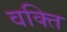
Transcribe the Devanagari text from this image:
वक्ति